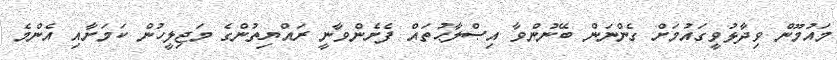
މައުމޫން ވިދާޅުވީގައުމަށް ގެންނަން ބޭނުންވާ އިޞްލާޙުތައް ފެށެންވާނީ ރައްޔިތުންގެ މަޖިލީހުން ކަމަށާއި އެންމެ